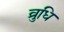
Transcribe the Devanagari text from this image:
व्रुधि